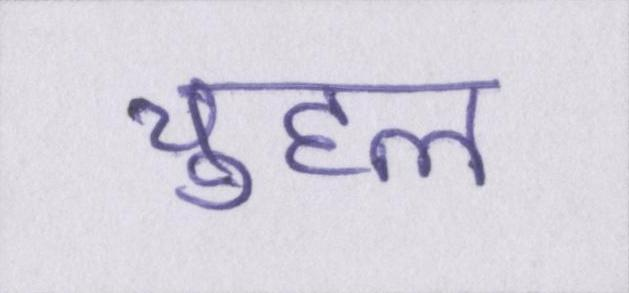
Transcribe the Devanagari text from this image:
चुहल